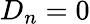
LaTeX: D_{n}=0